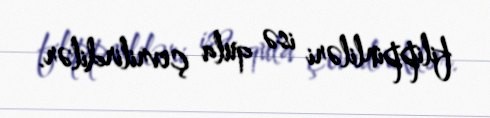
filippinliləri isə qula çevrilirdilər.